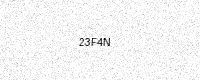
Text: 23F4N